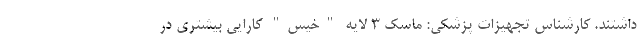
داشتند. کارشناس تجهیزات پزشکی: ماسکِ 3 لایه "خیس" کارایی بیشتری در